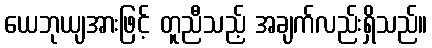
ယေဘုယျအားဖြင့် တူညီသည့် အချက်လည်းရှိသည်။